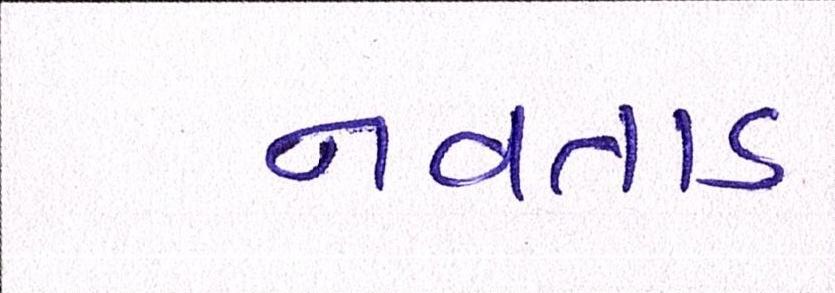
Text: નવતાડ